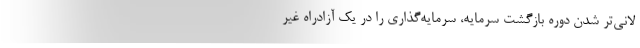
لانی‌تر شدن دوره بازگشت سرمایه، سرمایه‌گذاری را در یک آزادراه غیر